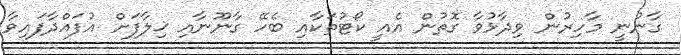
ގާނުނީ މާހިރުން ވިދާޅުވާ ގޮތުން އެއީ ކޯޓުތަކާއި ބެހޭ ގާނޫނާއި ޚިލާފަށް އުފައްދާފައިވާ